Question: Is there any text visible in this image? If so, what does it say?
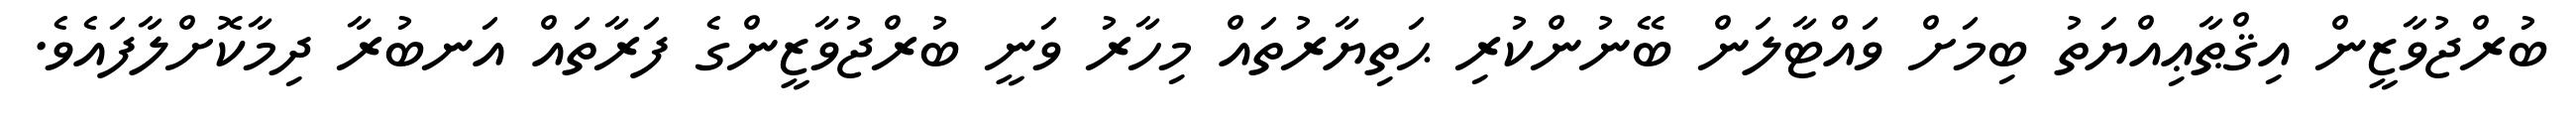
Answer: ބުރްޖުވާޒީން އިޤްޠާޢިއްޔަތު ބިމަށް ވައްޓާލަން ބޭނުންކުރި ޙަތިޔާރުތައް މިހާރު ވަނީ ބުރްޖުވާޒީންގެ ފަރާތައް އަނބުރާ ދިމާކޮށްލާފައެވެ.